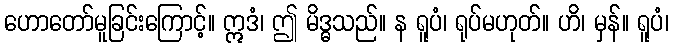
ဟောတော်မူခြင်းကြောင့်။ ဣဒံ၊ ဤ မိဒ္ဓသည်။ န ရူပံ၊ ရုပ်မဟုတ်။ ဟိ၊ မှန်။ ရူပံ၊